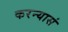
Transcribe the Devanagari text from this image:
करन्यासं